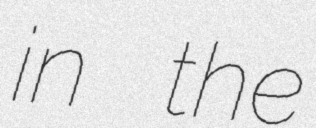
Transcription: in the